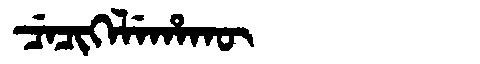
Manchu: ᠴᡝᠴᡳᡴᡝᠯᡝᡥᠠᡴᡡ
Romanization: CECIKELEHAKŪ